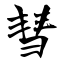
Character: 彗